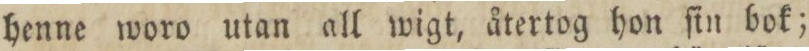
henne woro utan all wigt, återtog hon ſin bok;